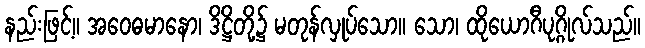
နည်းဖြင့်။ အဝေဓမာနော၊ ဒိဋ္ဌိတို့၌ မတုန်လှုပ်သော။ သော၊ ထိုယောဂီပုဂ္ဂိုလ်သည်။